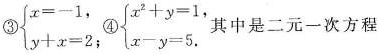
③$$\begin{cases}x=-1,\\ y+x=2; \end{cases}④\begin{cases} x^{2}+y=1,\\ x-y=5. \end{cases}$$ 其中是二元一次方程